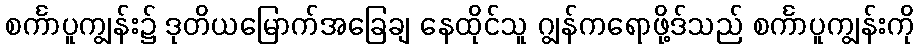
စင်္ကာပူကျွန်း၌ ဒုတိယမြောက်အခြေချ နေထိုင်သူ ဂျွန်ကရောဖို့ဒ်သည် စင်္ကာပူကျွန်းကို